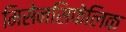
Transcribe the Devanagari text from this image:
मिसेनसिफेलिक